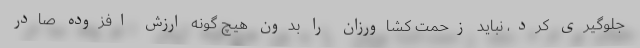
جلوگیری کرد، نباید زحمت کشاورزان را بدون هیچ گونه ارزش افزوده صادر